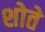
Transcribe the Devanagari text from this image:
शोते